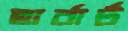
হার্বার্ট